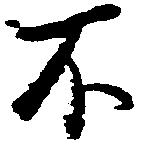
不